Vaccination in Bombay 1869-1873 - 1869-1873
Year: 1869
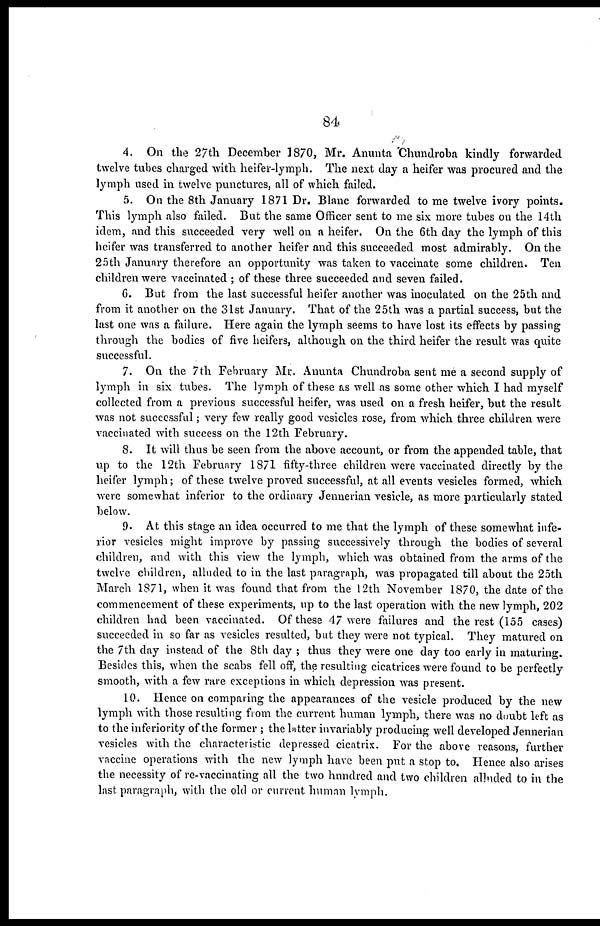
84
4. On the 27th December 1870, Mr. Anunta Chundroba kindly forwarded
twelve tubes charged with heifer-lymph. The next day a heifer was procured and the
lymph used in twelve punctures, all of which failed.
5. On the 8th January 1871 Dr. Blanc forwarded to me twelve ivory points.
This lymph also failed. But the same Officer sent to me six more tubes on the 14th
idem, and this succeeded very well on a heifer. On the 6th day the lymph of this
heifer was transferred to another heifer and this succeeded most admirably. On the
25th January therefore an opportunity was taken to vaccinate some children. Ten
children were vaccinated ; of these three succeeded and seven failed.
6. But from the last successful heifer another was inoculated on the 25th and
from it another on the 31st January. That of the 25th was a partial success, but the
last one was a failure. Here again the lymph seems to have lost its effects by passing
through the bodies of five heifers, although on the third heifer the result was quite
successful.
7. On the 7th February Mr. Anunta Chundroba sent me a second supply of
lymph in six tubes. The lymph of these as well as some other which I had myself
collected from a previous successful heifer, was used on a fresh heifer, but the result
was not successful; very few really good vesicles rose, from which three children were
vaccinated with success on the 12th February.
8. It will thus be seen from the above account, or from the appended table, that
up to the 12th February 1871 fifty-three children were vaccinated directly by the
heifer lymph; of these twelve proved successful, at all events vesicles formed, which
were somewhat inferior to the ordinary Jennerian vesicle, as more particularly stated
below.
9. At this stage an idea occurred to me that the lymph of these somewhat infe-
rior vesicles might improve by passing successively through the bodies of several
children, and with this view the lymph, which was obtained from the arms of the
twelve children, alloded to in the last paragraph, was propagated till about the 25th
March 1871, when it was found that from the 12th November 1870, the date of the
commencement of these experiments, up to the last operation with the new lymph, 202
children had been vaccinated. Of these 47 were failures and the rest (155 cases)
succeeded in so far as vesicles resulted, but they were not typical. They matured on
the 7th day instead of the 8th day ; thus they were one day too early in maturing.
Besides this, when the scabs fell off, the resulting cicatrices were found to be perfectly
smooth, with a few rare exceptions in which depression was present.
10. Hence on comparing the appearances of the vesicle produced by the new
lymph with those resulting from the current human lymph, there was no doubt left as
to the inferiority of the former ; the latter invariably producing well developed Jennerian
vesicles with the characteristic depressed cicatrix. For the above reasons, further
vaccine operations with the new lymph have been put a stop to. Hence also arises
the necessity of re-vaccinating all the two hundred and two children alluded to in the
last paragraph, with the old or current human lymph.